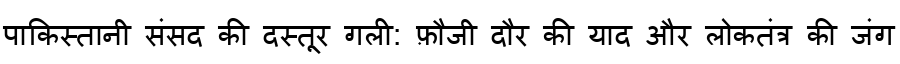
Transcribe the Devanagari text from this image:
पाकिस्तानी संसद की दस्तूर गली: फ़ौजी दौर की याद और लोकतंत्र की जंग